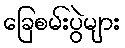
ခြေစမ်းပွဲများ